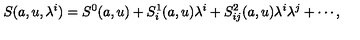
S ( a , u , \lambda ^ { i } ) = S ^ { 0 } ( a , u ) + S _ { i } ^ { 1 } ( a , u ) \lambda ^ { i } + S _ { i j } ^ { 2 } ( a , u ) \lambda ^ { i } \lambda ^ { j } + \cdots ,